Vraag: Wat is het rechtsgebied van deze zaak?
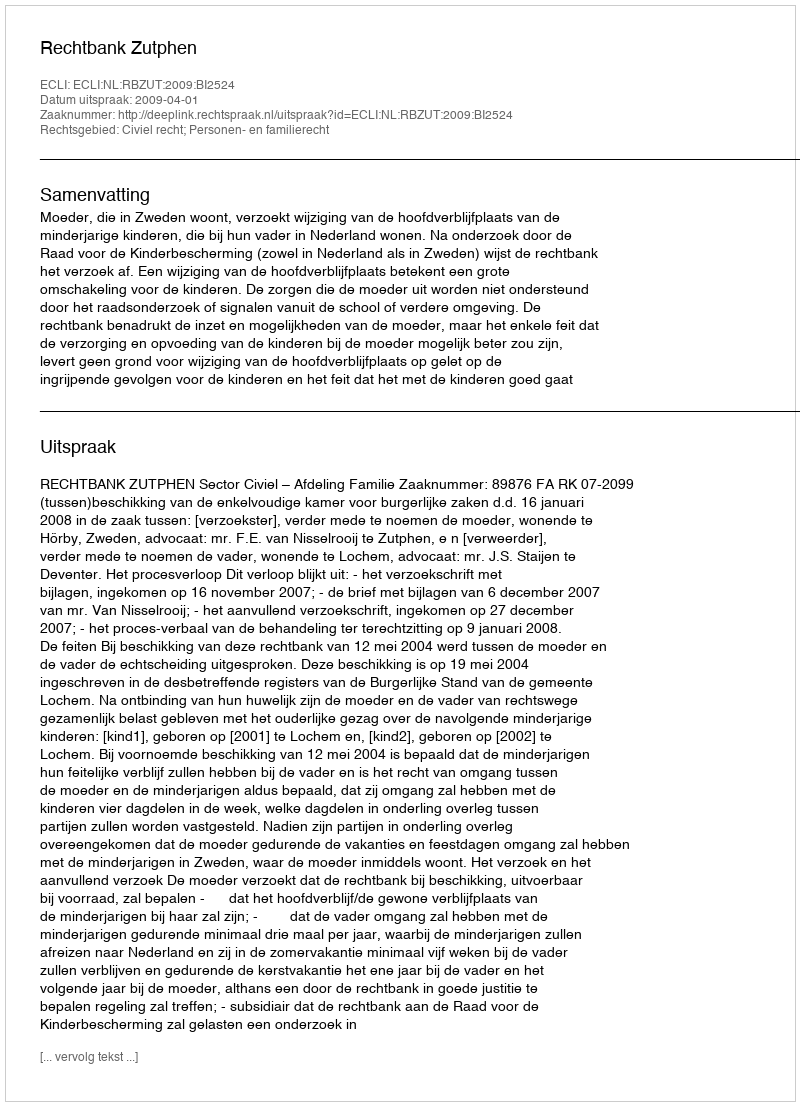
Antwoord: Civiel recht; Personen- en familierecht